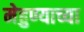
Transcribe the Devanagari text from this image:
मेहुण्याच्या